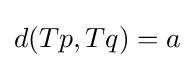
d(Tp,Tq)=a